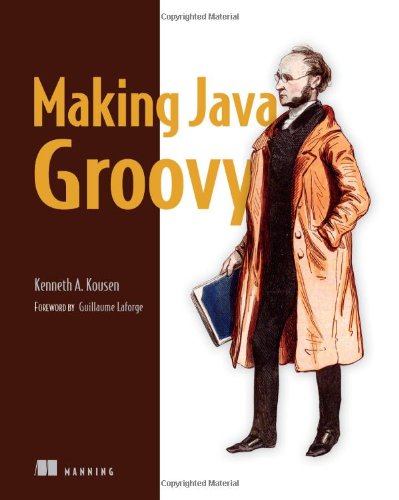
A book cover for Making Java Groovy; Ken Kousen; Computers & Technology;